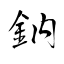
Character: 鈉